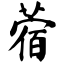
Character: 蓿